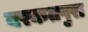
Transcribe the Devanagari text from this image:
बरकतपुरा